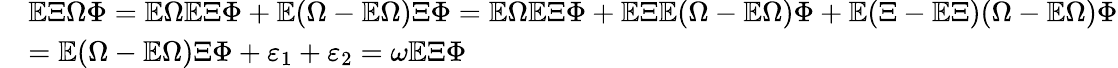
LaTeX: \begin{array}{rl}&{\mathbb{E}\Xi\Omega\Phi=\mathbb{E}\Omega\mathbb{E}\Xi\Phi+\mathbb{E}(\Omega-\mathbb{E}\Omega)\Xi\Phi=\mathbb{E}\Omega\mathbb{E}\Xi\Phi+\mathbb{E}\Xi\mathbb{E}(\Omega-\mathbb{E}\Omega)\Phi+\mathbb{E}(\Xi-\mathbb{E}\Xi)(\Omega-\mathbb{E}\Omega)\Phi}\\ &{=\mathbb{E}(\Omega-\mathbb{E}\Omega)\Xi\Phi+\varepsilon_{1}+\varepsilon_{2}=\omega\mathbb{E}\Xi\Phi}\end{array}